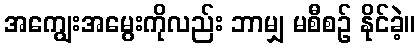
အကျွေးအမွေးကိုလည်း ဘာမျှ မစီစဉ် နိုင်ခဲ့။